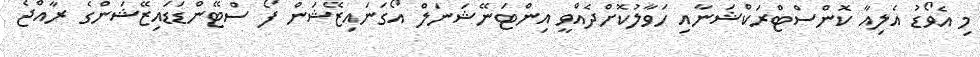
މި އެވޯޑު އެލިއާ ކޮންސްޓްރަކްޝަނާއި ހަވާލުކޮށްދެއްވީ އިންޓަނޭޝަނަލް އޯގަނައިޒޭޝަން ފޯ ސްޓޭންޑަޑައިޒޭޝަންގެ ރާއްޖެ